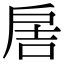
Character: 𢩋